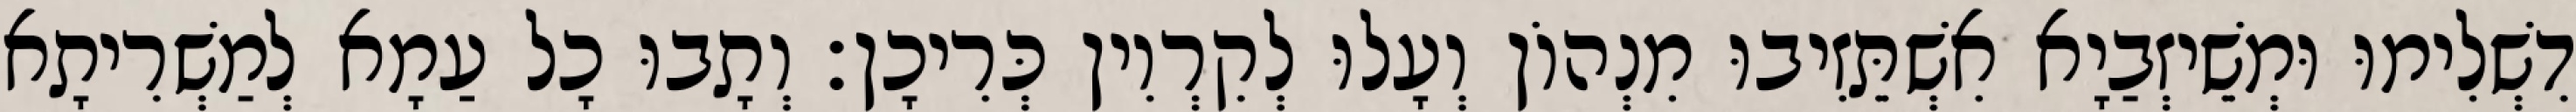
דִשְׁלִימוּ וּמְשֵׁיזְבַיָא אִשְׁתֵּזִיבוּ מִנְהוֹן וְעָלוּ לְקִרְוִין כְּרִיכָן׃ וְתָבוּ כָל עַמָא לְמַשְׁרִיתָא